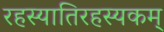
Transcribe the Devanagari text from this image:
रहस्यातिरहस्यकम्